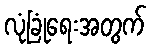
လုံခြုံရေးအတွက်